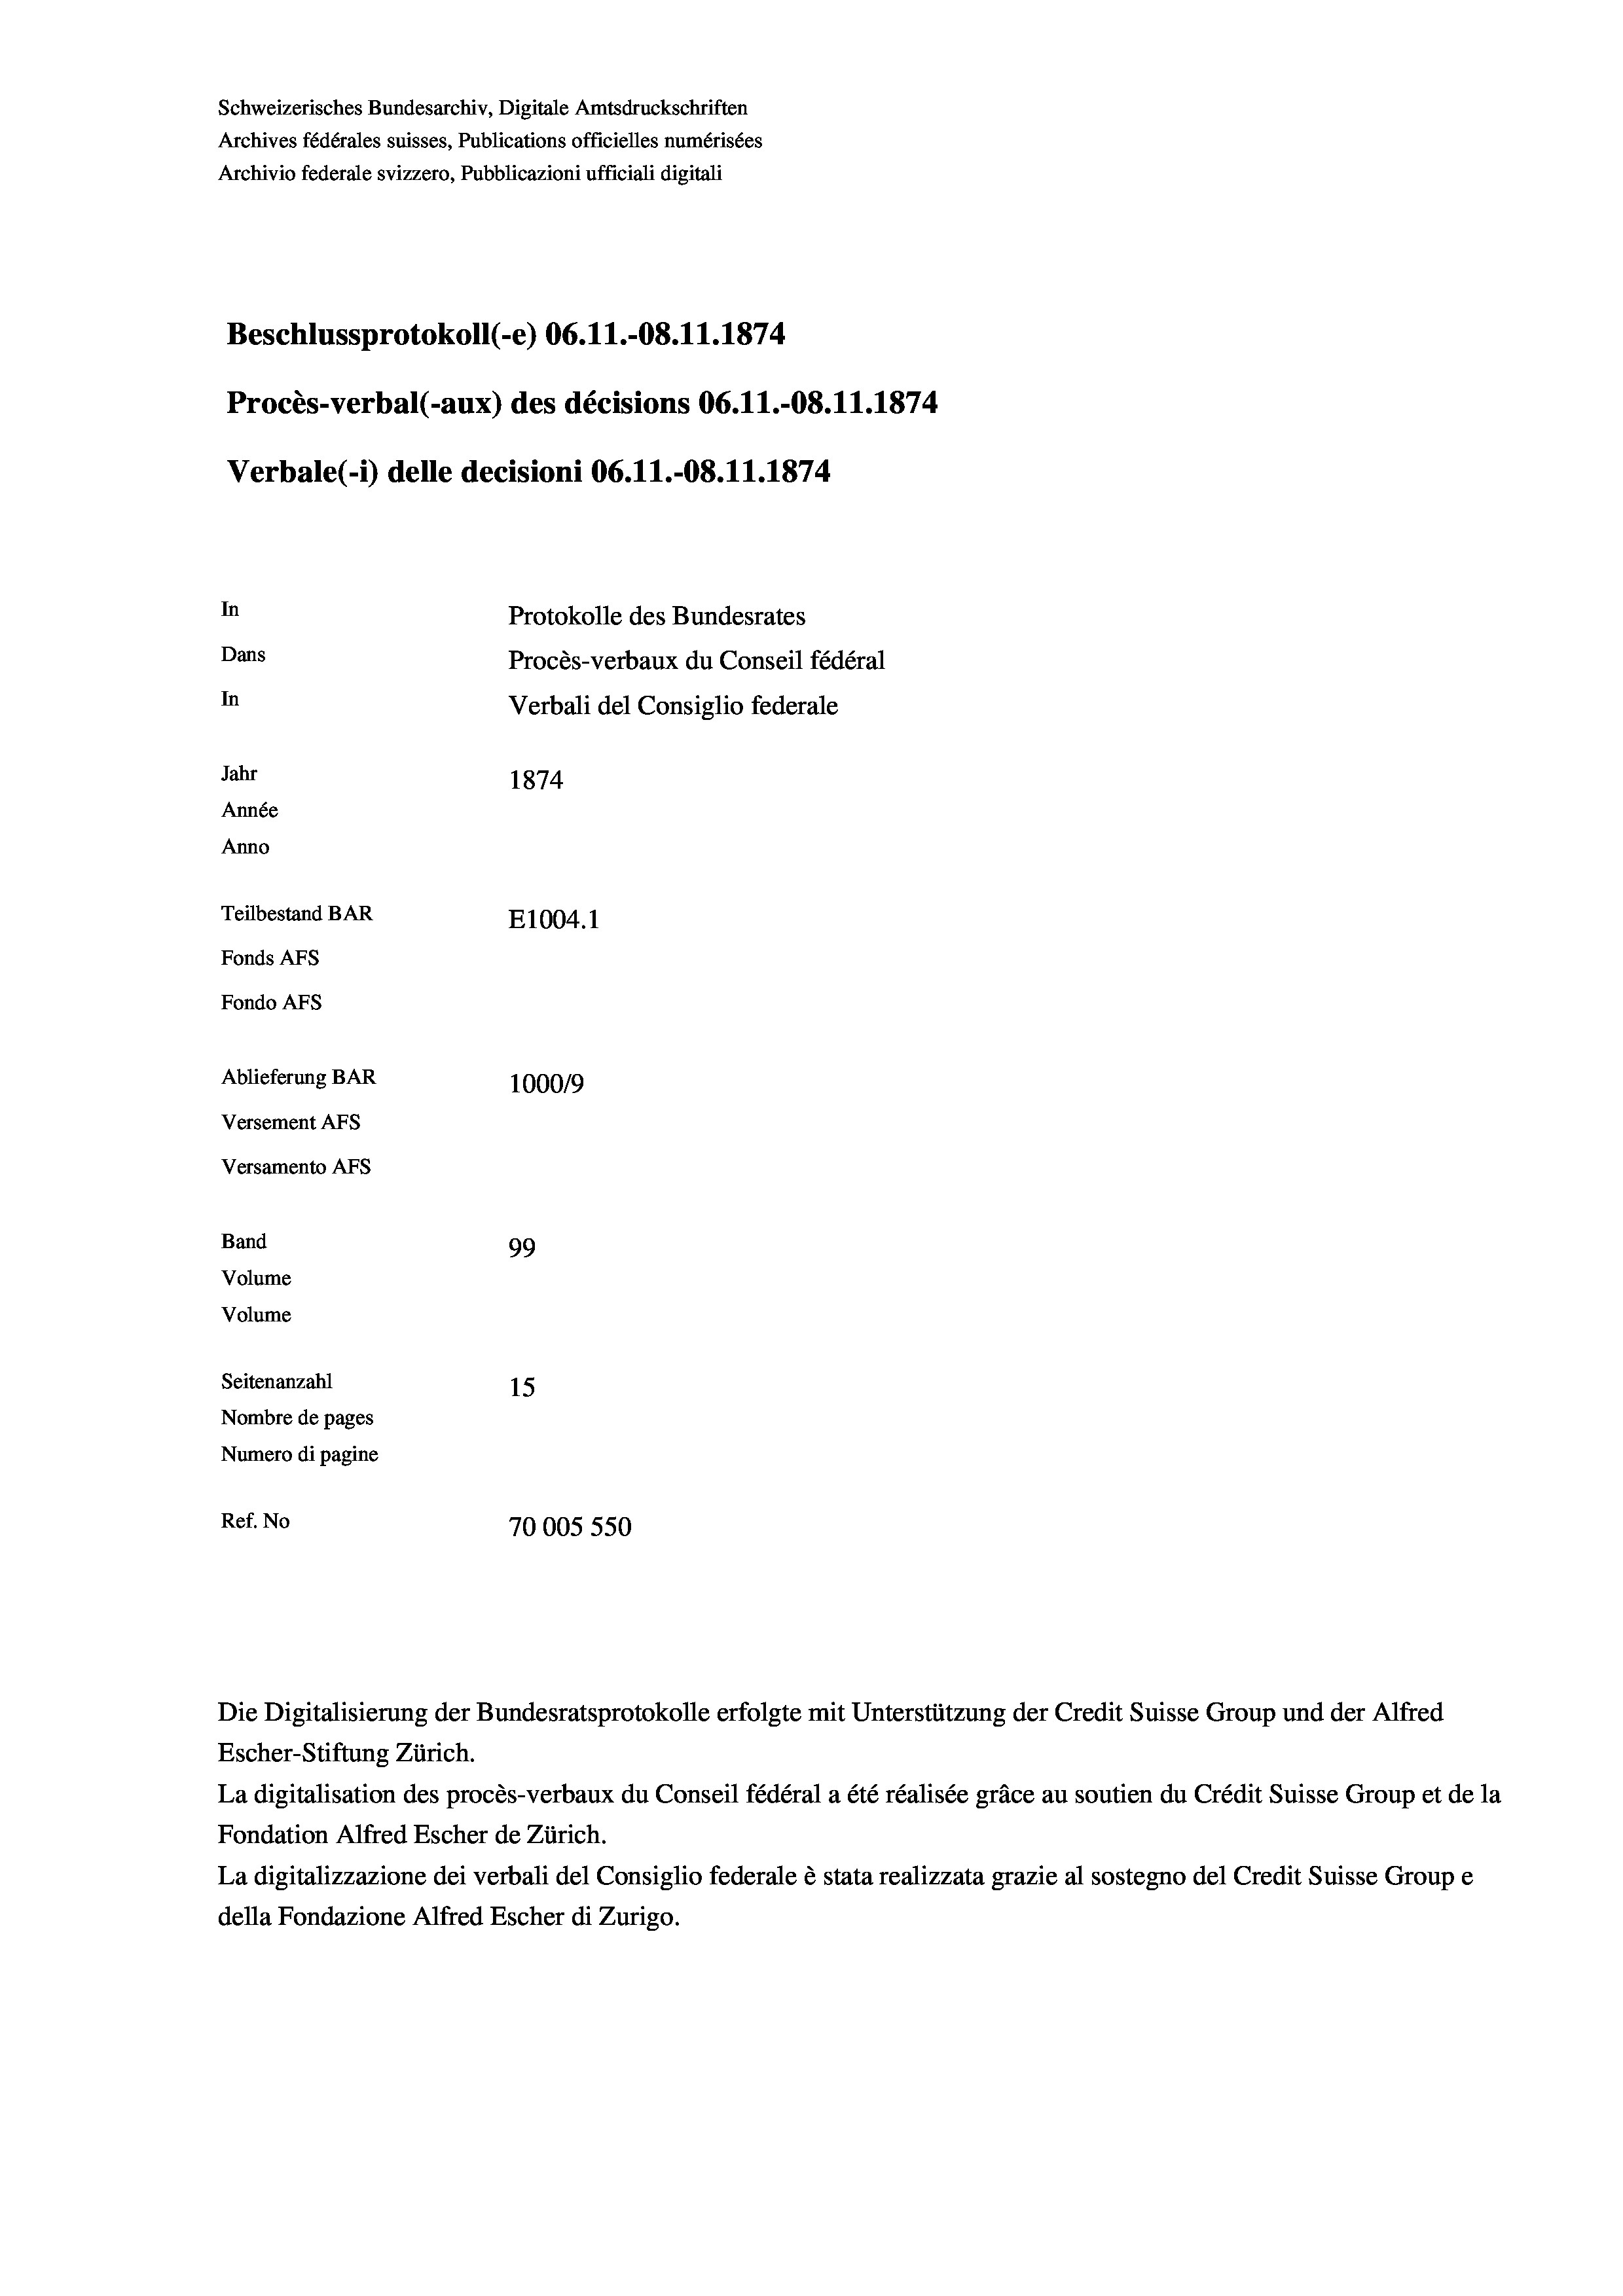
Schweizerisches Bundesarchiv, Digitale Amtsdruckschriften
Archives fédérales suisses, Publications officielles numérisées
Archivio federale svizzero, Pubblicazioni ufficiali digitali
Beschlussprotokoll (-e) 06. 11.-08. 11. 1874
Procès-verbal (-aux) des décisions 06.11.-O8.11.1874.
Verbale (i) delle decisioni 06. 11.-O8.11.1874
In
Protokolle des Bundesrates
Dans
Procès-verbaux du Conseil fédéral
In
Verbali del Consiglio federale
Jahr
1874
Année
Anno
Teilbestand BAR
E1004. 1
Fonds AFs
Fondo Afs
Ablieferung BAR
100019
Versement AFs
Versamento AFs
Band
99
Volume
Volume
Seitenanzahl
15
Nombre de pages
Numero di pagine
Ref. No
70005 550

Escher-Stiftung Zürich.
La digitalisation des procès-verbaux du Conseil fédéral a été réalisée gräce au soutien du Crédit Suisse Group et de la
Fondation Alfred Escher de Zürich.
La digitalizzazione dei verbali del Consiglio federale è stata realizzata grazie al sostegno del Credit Suisse Groupe
della Fondazione Alfred Escher di Zurigo.

Die Digitalisierung der Bundesratsprotokolle erfolgte mit Unterstützung der Credit Suisse Group und der Alfred